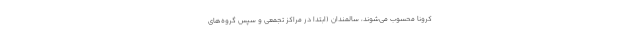
کرونا محسوب می‌شوند، سالمندان (ابتدا در مراکز تجمعی و سپس گروه‌های